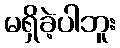
မရှိခဲ့ပါဘူး